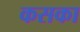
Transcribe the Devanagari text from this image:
कसका